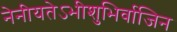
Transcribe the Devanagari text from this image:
नेनीयतेऽभीशुभिर्वाजिन